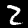
Digit: 2